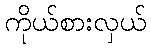
ကိုယ်စားလှယ်